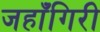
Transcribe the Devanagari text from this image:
जहाँगिरी